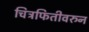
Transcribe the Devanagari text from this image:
चित्रफितीवरुन